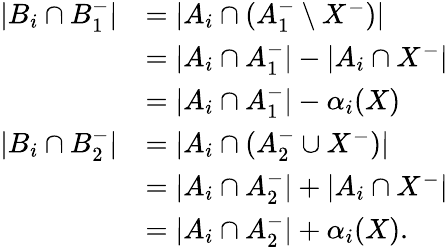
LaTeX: \begin{array}{rl}{|B_{i}\cap B_{1}^{-}|}&{=|A_{i}\cap(A_{1}^{-}\setminus X^{-})|}\\ &{=|A_{i}\cap A_{1}^{-}|-|A_{i}\cap X^{-}|}\\ &{=|A_{i}\cap A_{1}^{-}|-\alpha_{i}(X)}\\ {|B_{i}\cap B_{2}^{-}|}&{=|A_{i}\cap(A_{2}^{-}\cup X^{-})|}\\ &{=|A_{i}\cap A_{2}^{-}|+|A_{i}\cap X^{-}|}\\ &{=|A_{i}\cap A_{2}^{-}|+\alpha_{i}(X).}\end{array}